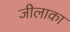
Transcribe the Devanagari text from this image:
जीलाका